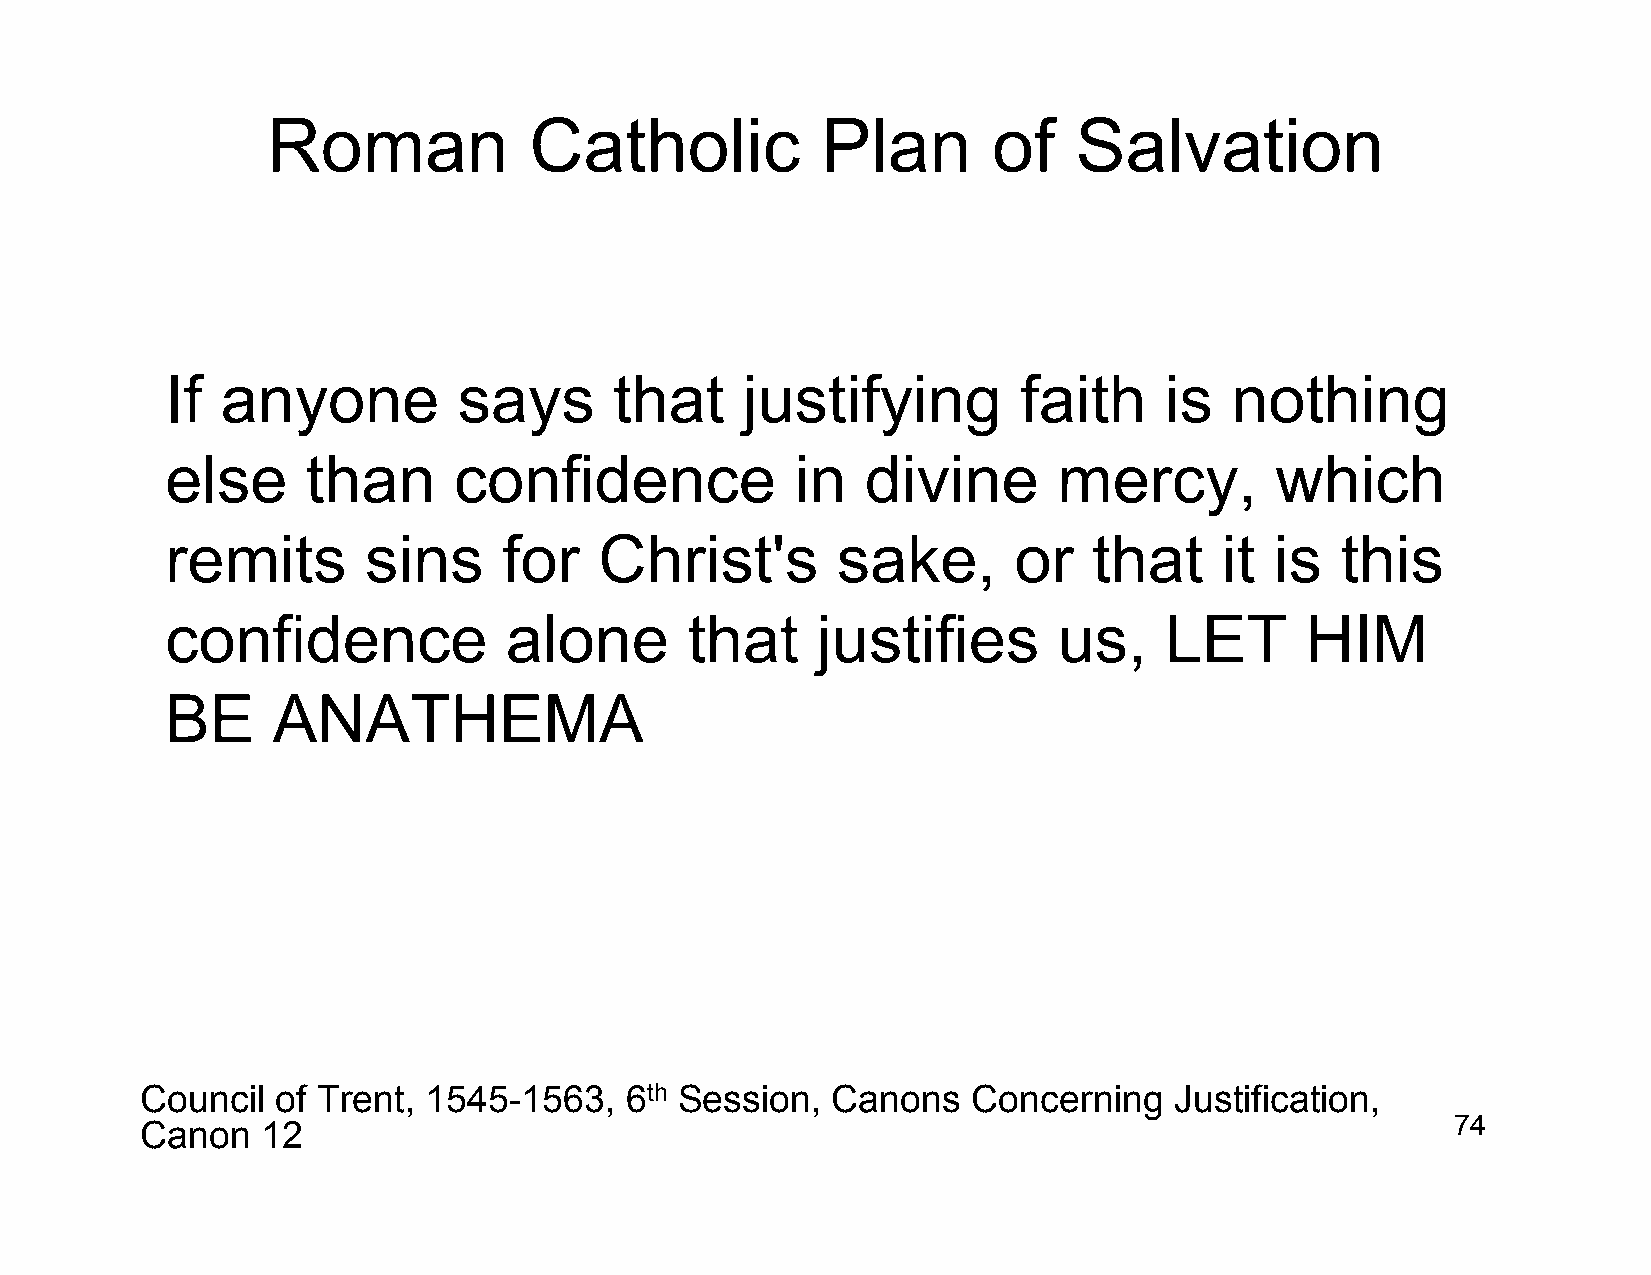
Roman            Catholic           Plan        of   Salvation
 If  anyone         says       that    justifying         faith    is  nothing
 else     than      confidence             in  divine       mercy,        which
 remits       sins     for    Christ's       sake,       or   that     it is   this
 confidence            alone       that     justifies       us,    LET      HIM
 BE     ANATHEMA
 Council  of Trent, 1545-1563,   6th Session,  Canons   Concerning    Justification,
 Canon   12                                                                             74